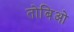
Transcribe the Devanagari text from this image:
तोबिओ